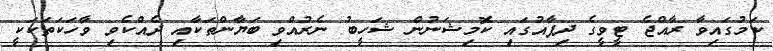
ކަމުގައިވާ ރާއްޖެ ޓީވީގެ ދިފާއުގައި ކޮމިޝަނުން ޝަހީބު ނެރުއްވި ބަޔާންތަކާއި ދެއްކެވި ވާހަކަތަކަކީ